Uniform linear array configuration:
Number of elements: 16
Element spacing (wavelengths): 0.5
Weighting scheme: hamming
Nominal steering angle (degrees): -60
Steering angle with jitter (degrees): -61.393
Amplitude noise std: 0.05
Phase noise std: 0.05

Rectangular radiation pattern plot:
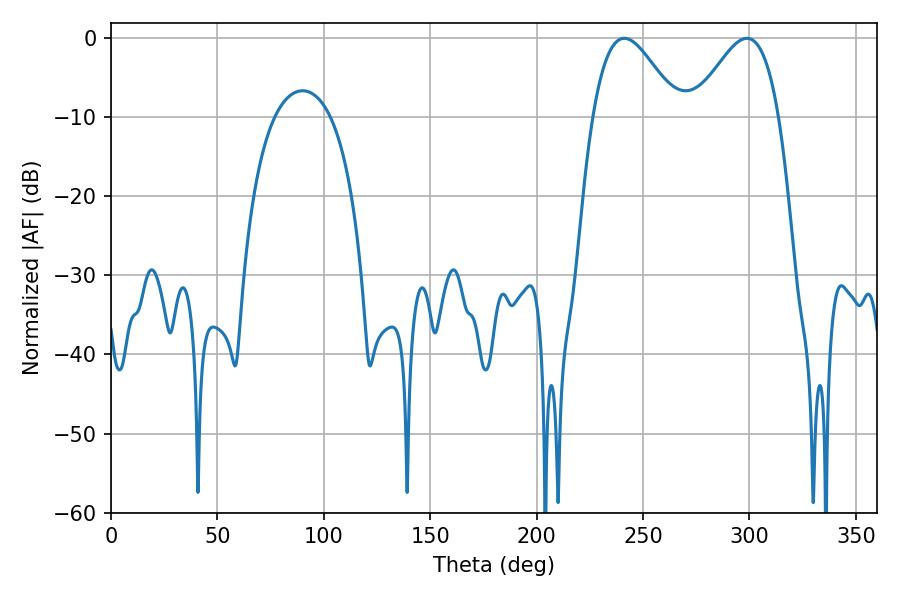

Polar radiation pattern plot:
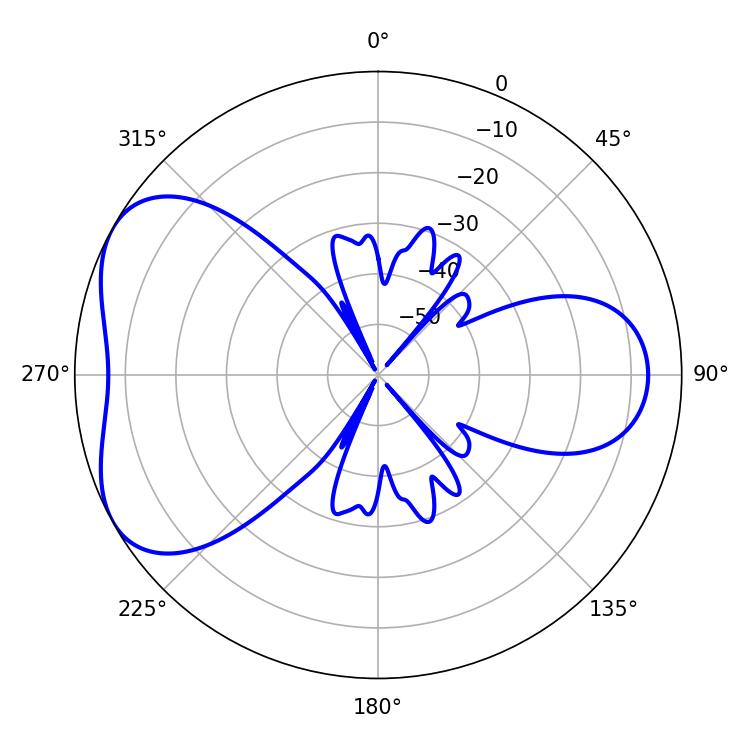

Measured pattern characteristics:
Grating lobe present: FALSE
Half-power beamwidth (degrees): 21.42
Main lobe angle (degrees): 298.8